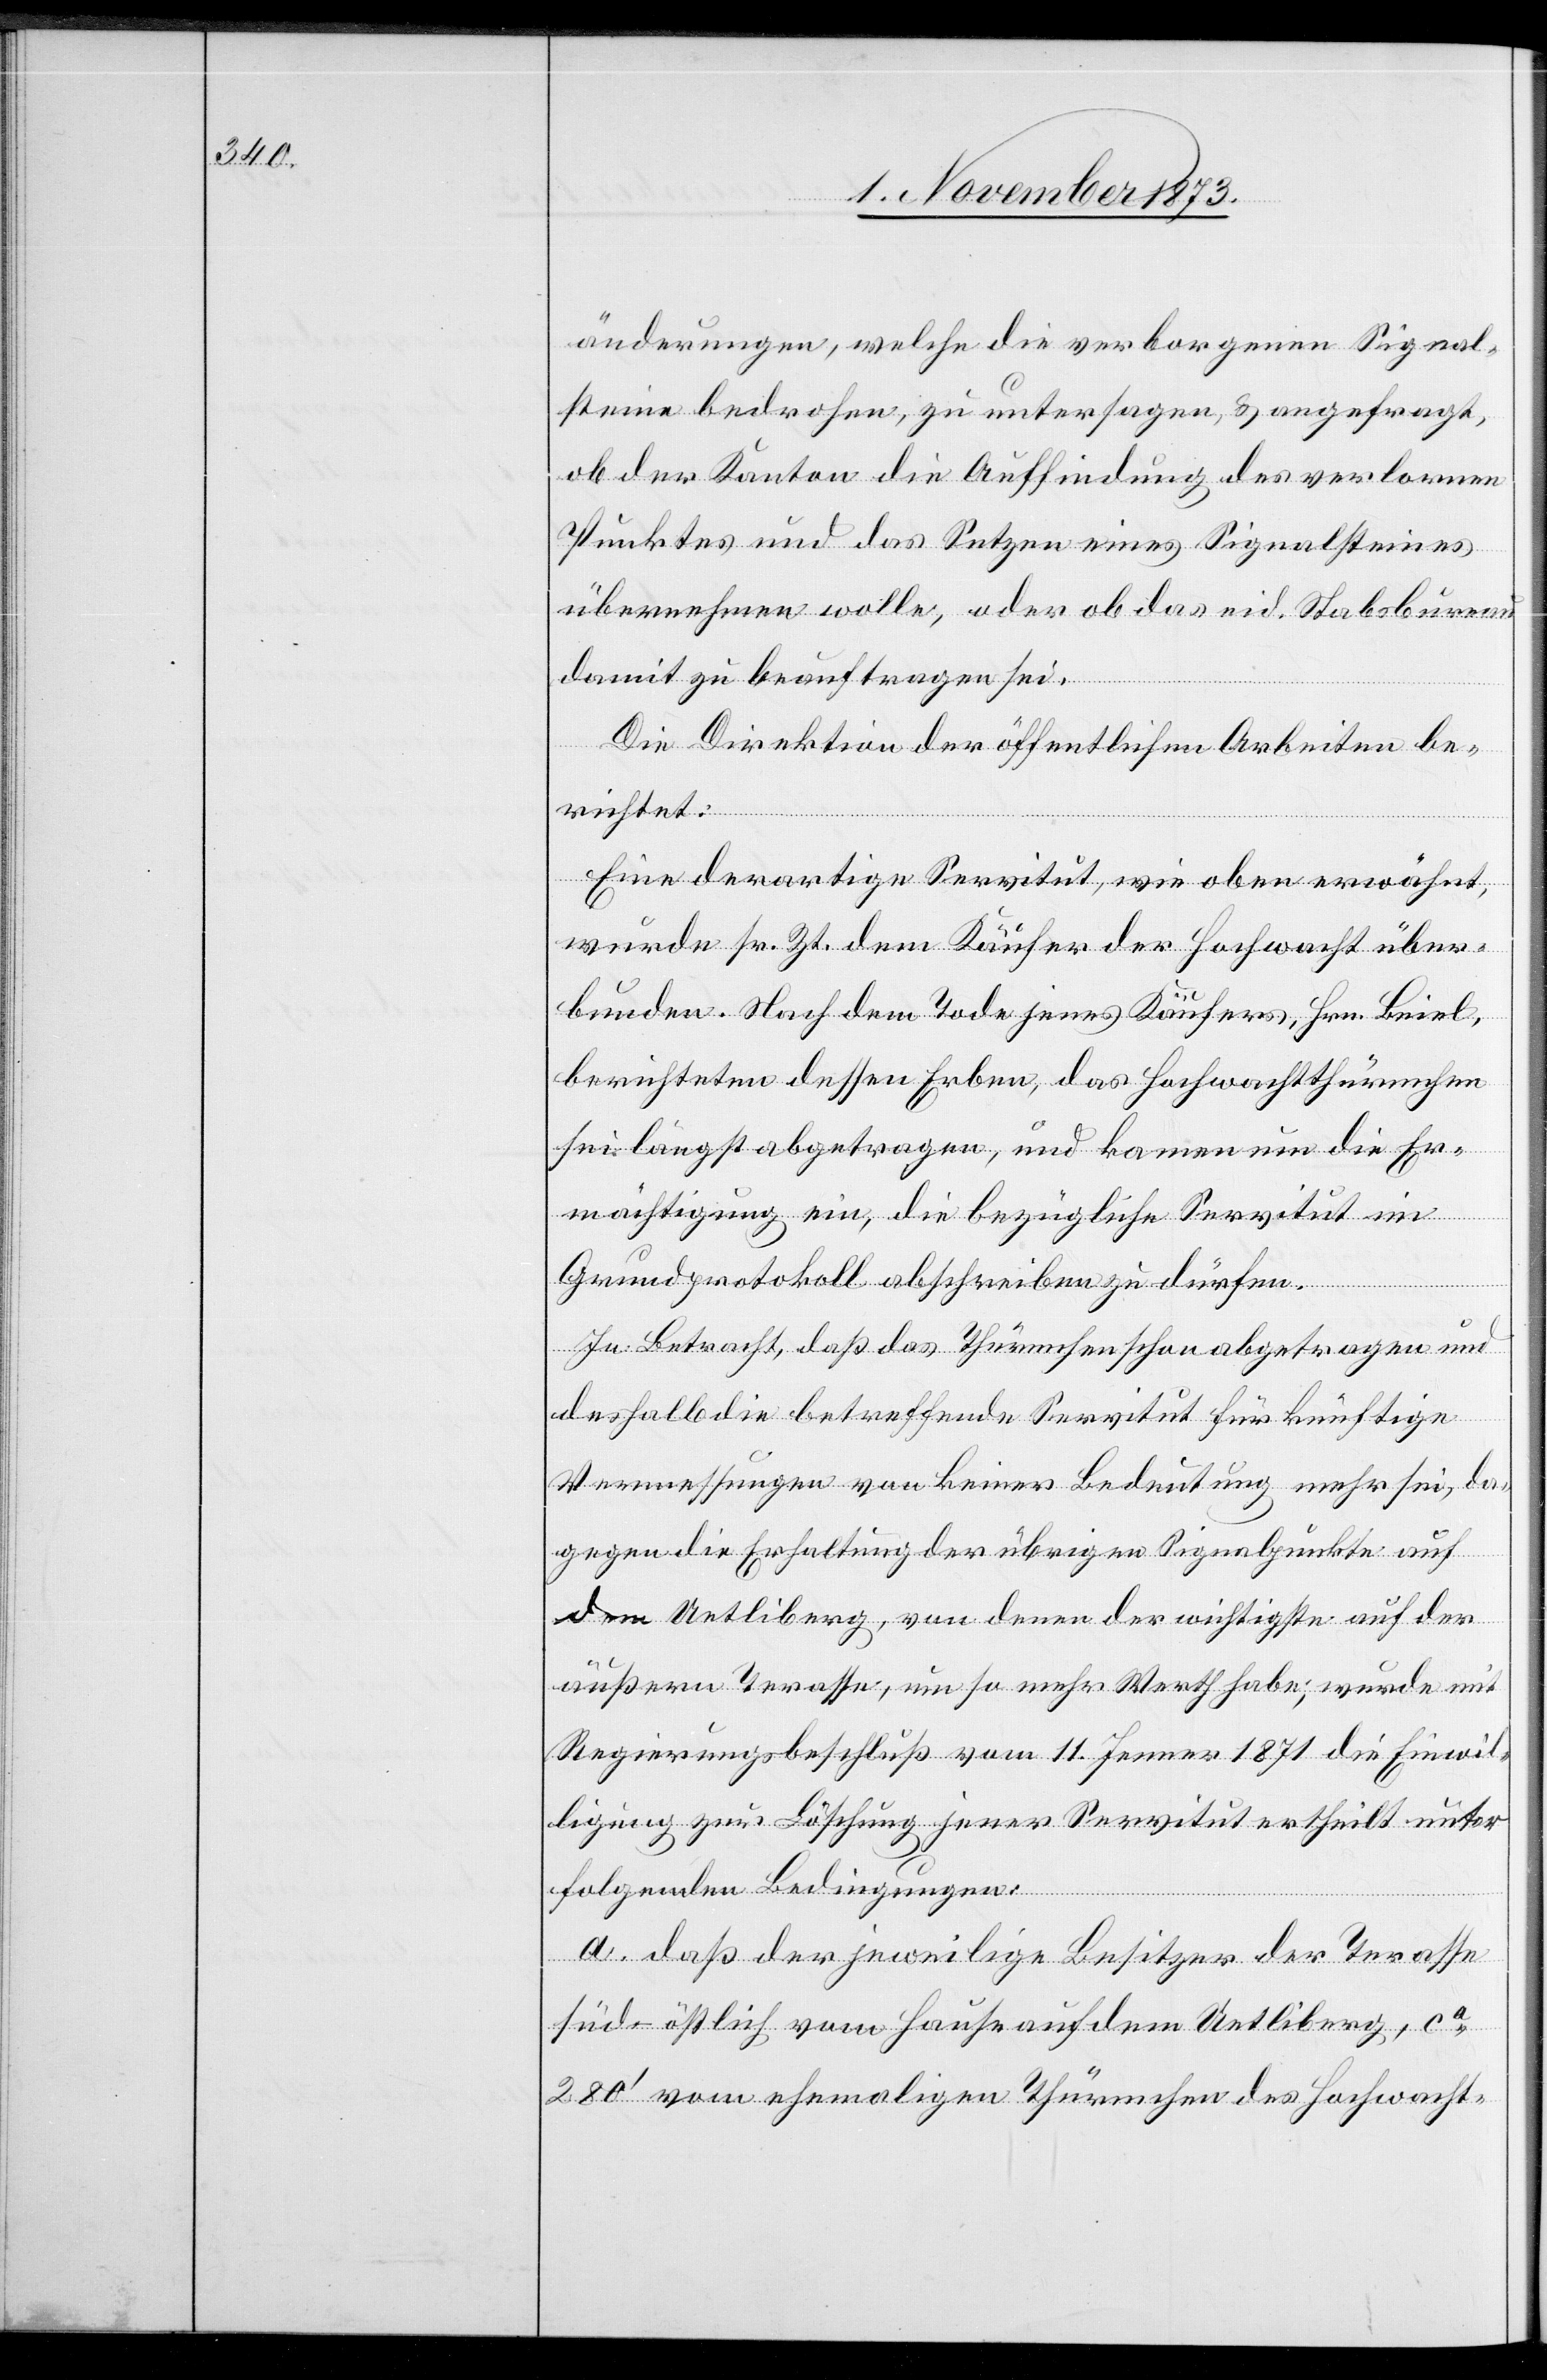
änderungen, welche die verborgenen Signal¬
steine bedrohen, zu untersagen, & angefragt,
ob der Kanton die Auffindung des verlornen
Punktes und das Setzen eines Signalsteines
übernehmen wolle, oder ob das eid. Stabsbureau
damit zu beauftragen sei.
Die Direktion der öffentlichen Arbeiten be¬
richtet:
Eine derartige Servitut, wie oben erwähnt,
wurde sr. Zt. dem Käufer der Hochwacht über¬
bunden. Nach dem Tode jenes Käufers, Hrn. Beiel,
berichteten dessen Erben, das Hochwachtthürmchen
sei längst abgetragen, und kamen um die Er¬
mächtigung ein, die bezügliche Servitut im
Grundprotokoll abschreiben zu dürfen.
In Betracht, daß das Thürmchen schon abgetragen und
deshalb die betreffende Servitut für künftige
Vermessungen von keiner Bedeutung mehr sei, da¬
gegen die Erhaltung der übrigen Signalpunkte auf
dem Uetliberg, von denen der wichtigste auf der
äußern Terasse, um so mehr Werth habe; wurde mit
Regierungsbeschluß vom 11. Jenner 1871 die Einwil¬
ligung zur Löschung jener Servitut ertheilt unter
folgenden Bedingungen:
a. daß der jeweilige Besitzer der Terasse
süd-östlich vom Hause auf dem Uetliberg, ca
280‘ vom ehemaligen Thürmchen des Hochwacht-